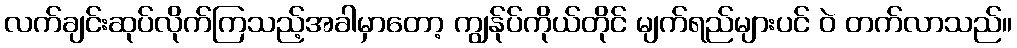
လက်ချင်းဆုပ်လိုက်ကြသည့်အခါမှာတော့ ကျွန်ုပ်ကိုယ်တိုင် မျက်ရည်များပင် ဝဲ တက်လာသည်။